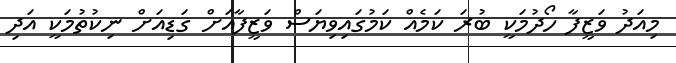
މިއަދު ވަޒީފާ ހޯދުމަކީ ބުރަ ކަމެއް ކަމުގައިވިޔަސް ވަޒީފާއަށް ގަޑިއަށް ނިކުތުމަކީ އަދި